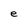
Character: e